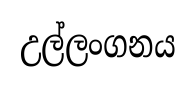
උල්ලංගනය